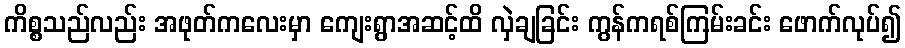
ကိစ္စသည်လည်း အဖုတ်ကလေးမှာ ကျေးရွာအဆင့်ထိ လှဲချခြင်း ကွန်ကရစ်ကြမ်းခင်း ဖောက်လုပ်၍